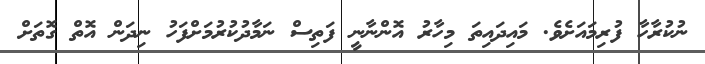
ނުކުރާހާ ފުރިމައަށެވެ. މައިދައިތަ މިހާރު އޮންނާނީ ފަތިސް ނަމާދުކުރުމަށްފަހު ނިދަން އޮތް ގޮތަށް